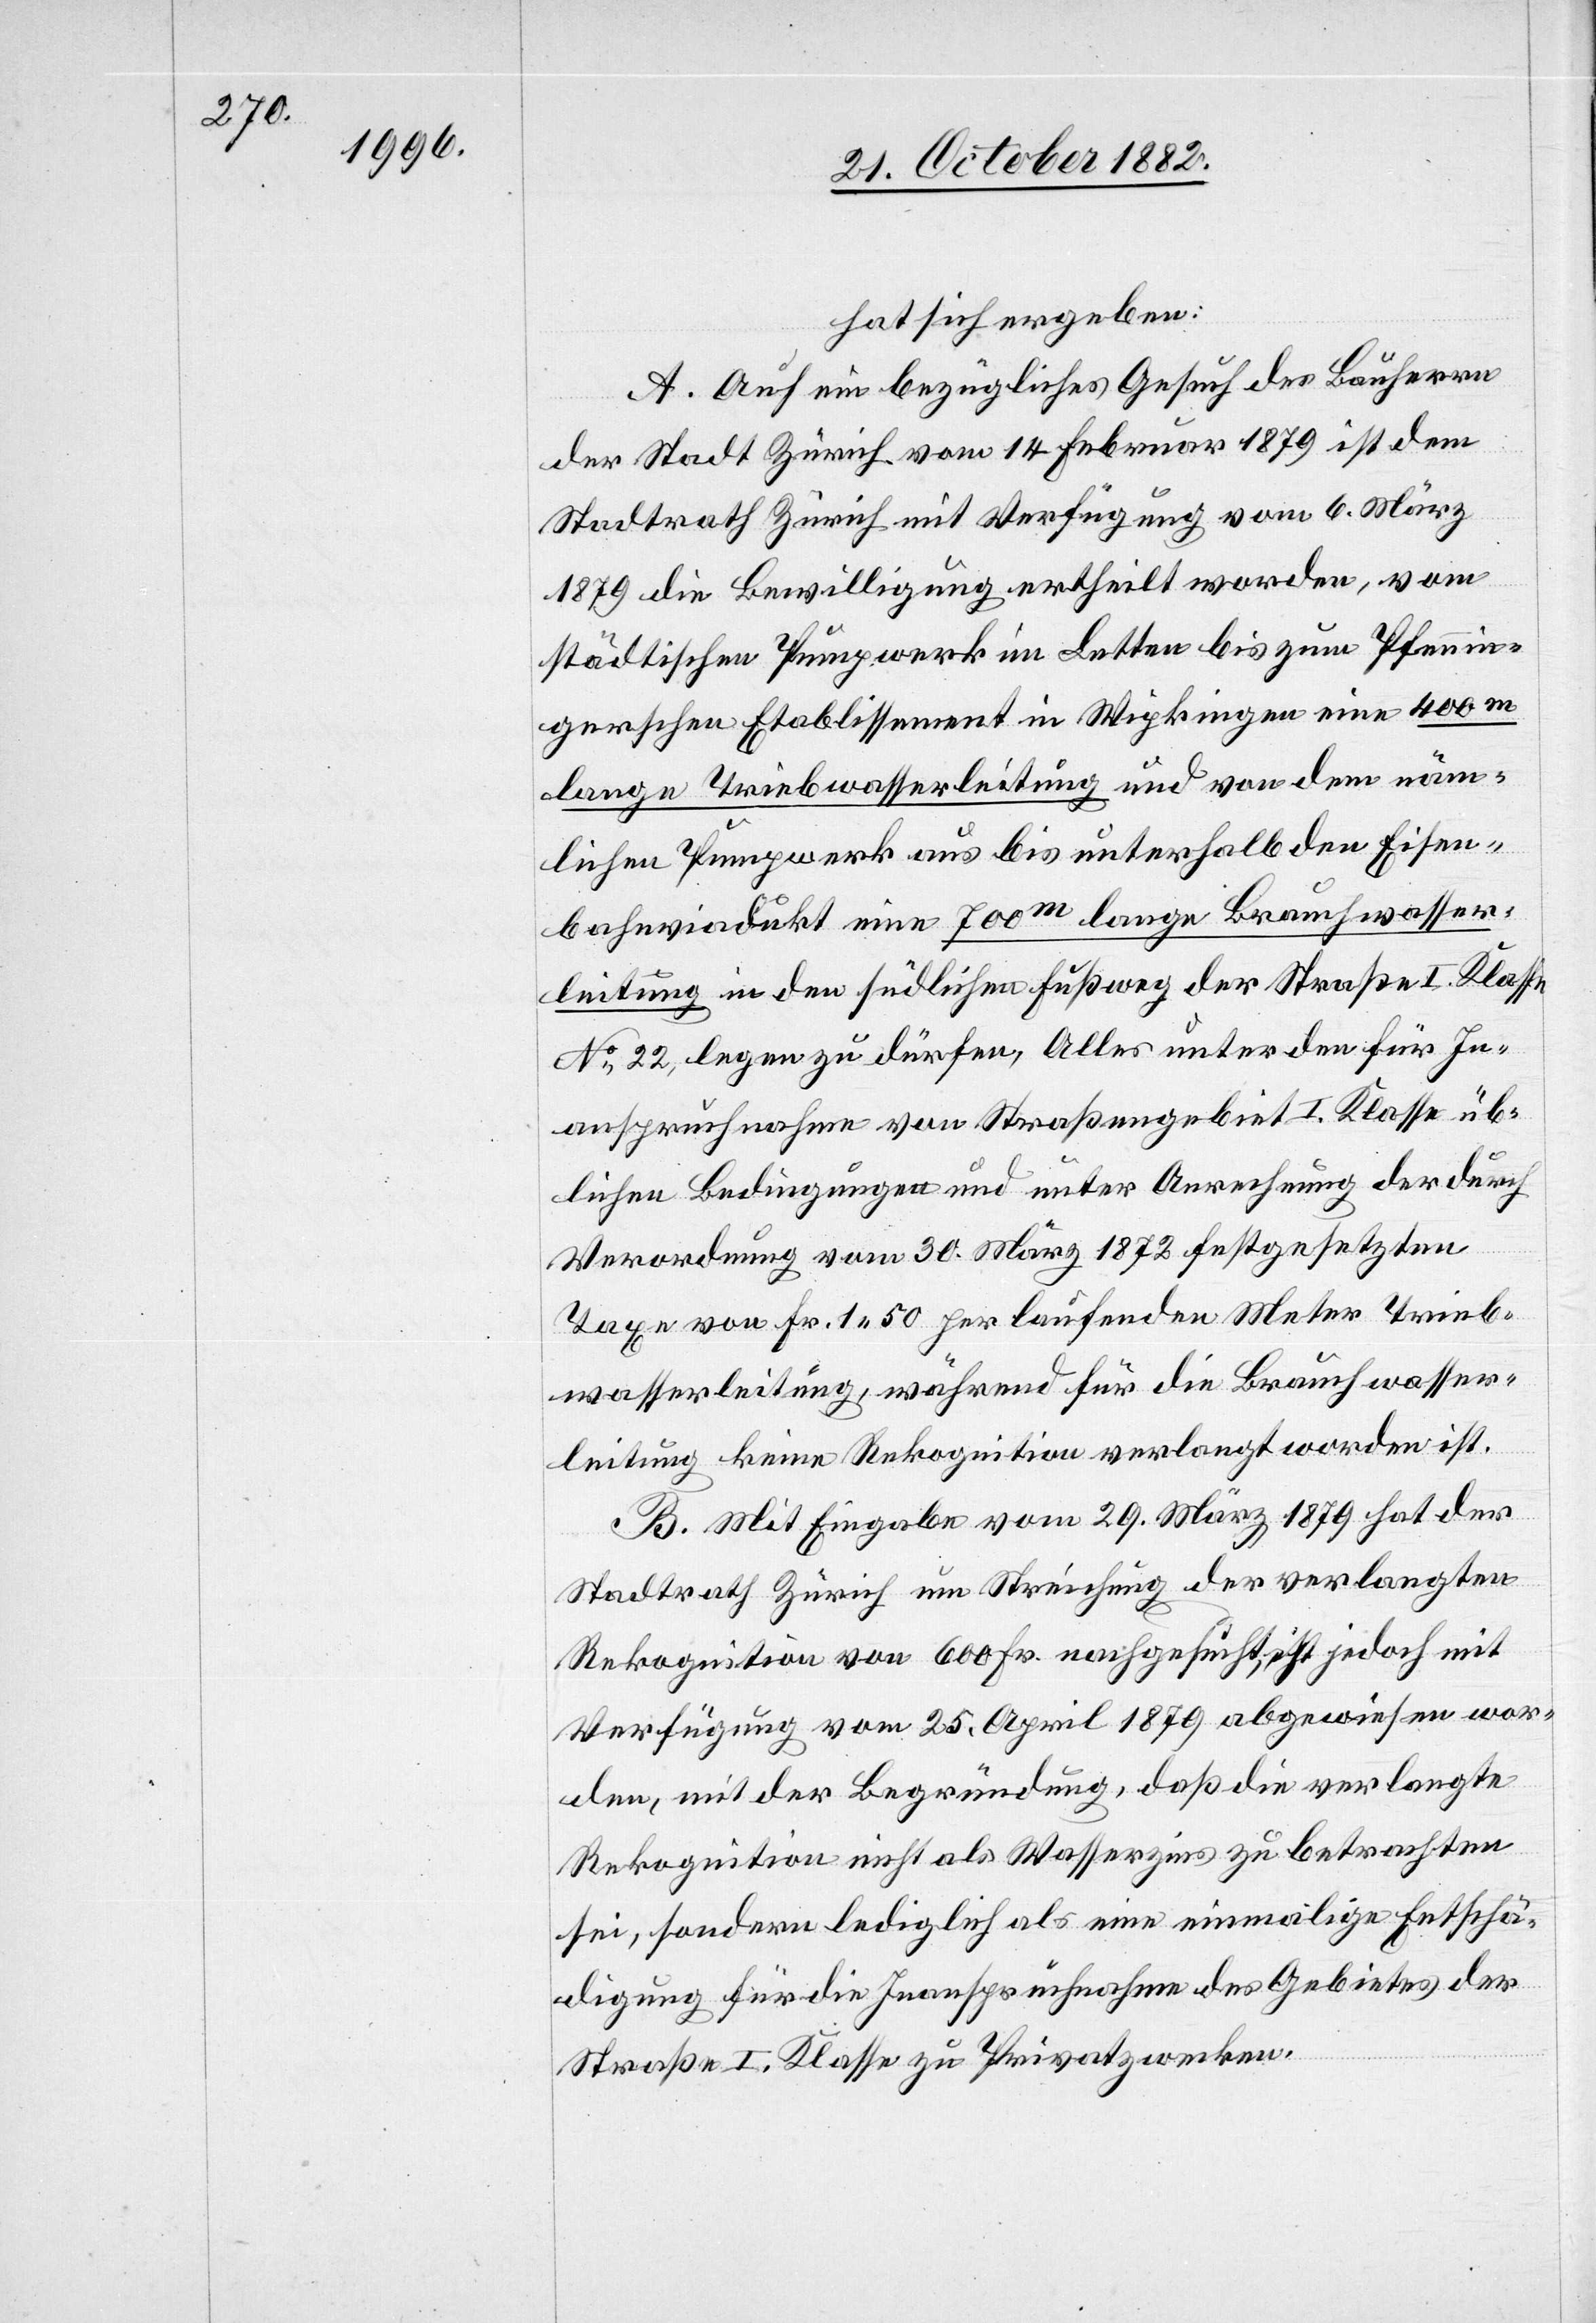
hat sich ergeben:
A. Auf ein bezügliches Gesuch des Bauherrn
der Stadt Zürich vom 14. Februar 1879 ist dem
Stadtrath Zürich mit Verfügung vom 6. März
1879 die Bewilligung ertheilt worden, vom
städtischen Pumpwerk im Letten bis zum Pfennin¬
gerschen Etablissement in Wipkingen eine 400m
lange Triebwasserleitung und von dem näm¬
lichen Pumpwerk aus bis unterhalb den Eisen¬
bahnviadukt eine 700m lange Brauchwasser¬
leitung in den südlichen Fußweg der Straße I. Klasse
No 22, legen zu dürfen, Alles unter den für In¬
anspruchnahme von Straßengebiet I. Klasse üb¬
lichen Bedingungen und unter Anrechnung der durch
Verordnung vom 30. März 1872 festgesetzten
Taxe von Fr. 1 50 per laufenden Meter Trieb¬
wasserleitung, während für die Brauchwasser¬
leitung keine Rekognition verlangt worden ist.
B. Mit Eingabe vom 29. März 1879 hat der
Stadtrath Zürich um Streichung der verlangten
Rekognition von 600 Fr. nachgesucht, ist jedoch mit
Verfügung vom 25. April 1879 abgewiesen wor¬
den, mit der Begründung, daß die verlangte
Rekognition nicht als Wasserzins zu betrachten
sei, sondern lediglich als eine einmalige Entschä¬
digung für die Inanspruchnahme des Gebietes der
Straße I. Klasse zu Privatzwecken.